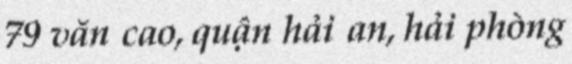
79 văn cao, quận hải an, hải phòng